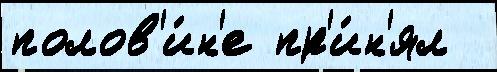
полов'и́н'е пр'и́н'ял